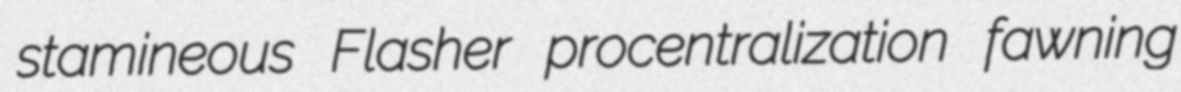
stamineous Flasher procentralization fawning